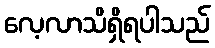
လေ့လာသိရှိရပါသည်